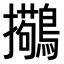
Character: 𫛒